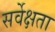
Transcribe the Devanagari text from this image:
सर्वेक्षता